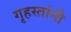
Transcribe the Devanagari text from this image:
गृहस्तांनी